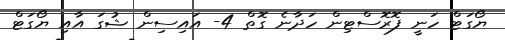
ޔޯގަޓް ހަނީ ފޮރޮސްޓިން ހަދާނެ ގޮތް 4- އައިސިން ޝުގަ އާއި ޔޯގަޓް